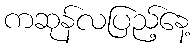
ကဆုန်လပြည့်နေ့